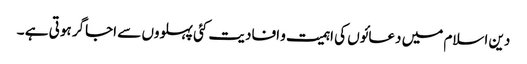
دین اسلام میں دعائوں کی اہمیت و افادیت کئی پہلووں سے اجاگر ہوتی ہے ۔